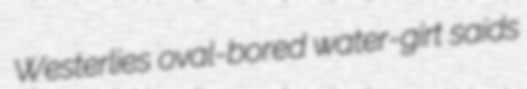
Westerlies oval-bored water-girt saids